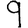
Digit: 9